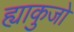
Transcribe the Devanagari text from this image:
ह्याकुजो